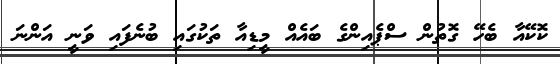
ކޮކޭއާ ބެހޭ ގޮތުން ސްޕެއިންގެ ބައެއް މީޑިއާ ތަކުގައި ބުނެފައި ވަނީ އަންނަ